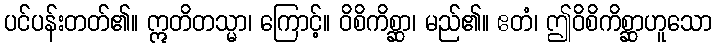
ပင်ပန်းတတ်၏။ ဣတိတသ္မာ၊ ကြောင့်။ ဝိစိကိစ္ဆာ၊ မည်၏။ ဧတံ၊ ဤဝိစိကိစ္ဆာဟူသော